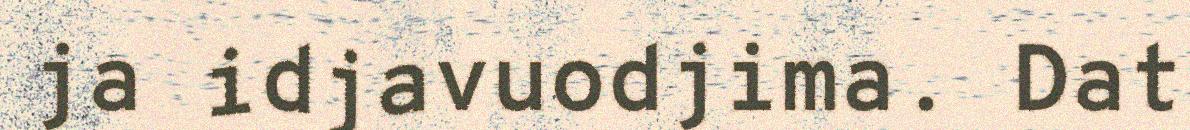
ja idjavuodjima. Dat